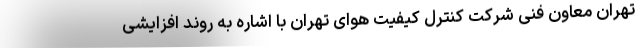
تهران معاون فنی شرکت کنترل کیفیت هوای تهران با اشاره به روند افزایشی